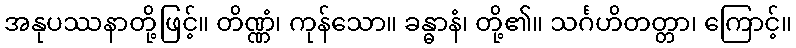
အနုပဿနာတို့ဖြင့်။ တိဏ္ဏံ၊ ကုန်သော။ ခန္ဓာနံ၊ တို့၏။ သင်္ဂဟိတတ္တာ၊ ကြောင့်။